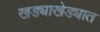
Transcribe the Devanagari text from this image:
खड्याखेड्यात